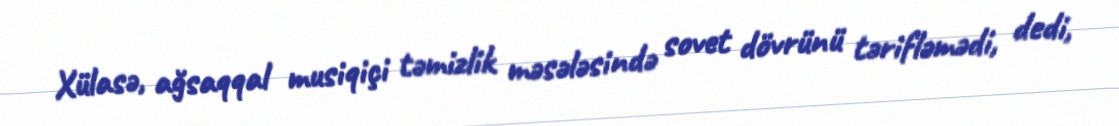
Xülasə, ağsaqqal musiqiçi təmizlik məsələsində sovet dövrünü tərifləmədi, dedi,